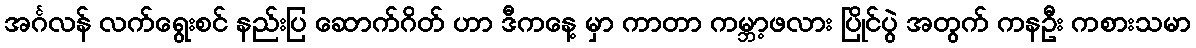
အင်္ဂလန် လက်ရွေးစင် နည်းပြ ဆောက်ဂိတ် ဟာ ဒီကနေ့ မှာ ကာတာ ကမ္ဘာ့ဖလား ပြိုင်ပွဲ အတွက် ကနဦး ကစားသမာ